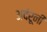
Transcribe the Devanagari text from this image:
अदंरूनी